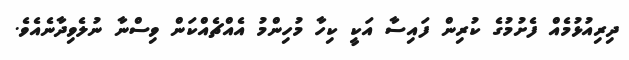
ދިރިއުޅުމެއް ފެށުމުގެ ކުރިން ފައިސާ އަކީ ކިހާ މުހިންމު އެއްޗެއްކަން ވިސްނާ ނުލެވިދާނެއެވެ.